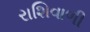
રાશિવાળી